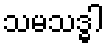
သမသဒ္ဓါ